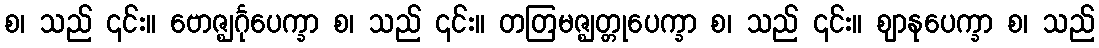
စ၊ သည် ၎င်း။ ဗောဇ္ဈင်္ဂုပေက္ခာ စ၊ သည် ၎င်း။ တတြမဇ္ဈတ္တုပေက္ခာ စ၊ သည် ၎င်း။ ဈာနုပေက္ခာ စ၊ သည်